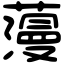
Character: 䕕